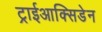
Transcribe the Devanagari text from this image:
ट्राईआक्सिडेन